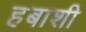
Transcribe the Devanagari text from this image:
हबाशी